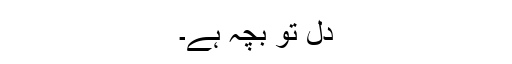
دل تو بچہ ہے۔